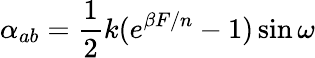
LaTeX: \alpha_{ab}=\frac 12k(e^{\beta F/n}-1)\sin\omega